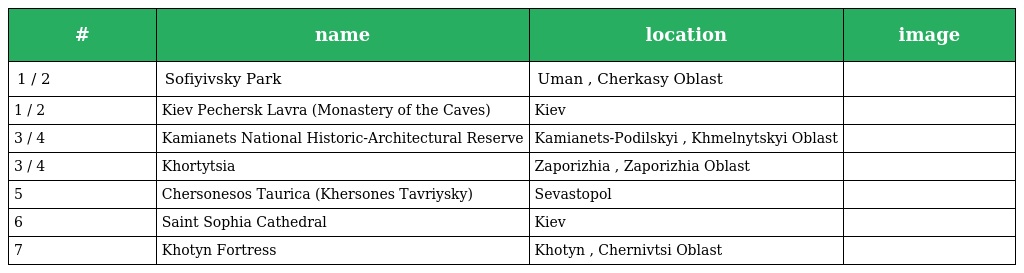
| # | name | location | image |
 | --- | --- | --- | --- |
 | 1 / 2 | Sofiyivsky Park | Uman , Cherkasy Oblast |  |
 | 1 / 2 | Kiev Pechersk Lavra (Monastery of the Caves) | Kiev |  |
 | 3 / 4 | Kamianets National Historic-Architectural Reserve | Kamianets-Podilskyi , Khmelnytskyi Oblast |  |
 | 3 / 4 | Khortytsia | Zaporizhia , Zaporizhia Oblast |  |
 | 5 | Chersonesos Taurica (Khersones Tavriysky) | Sevastopol |  |
 | 6 | Saint Sophia Cathedral | Kiev |  |
 | 7 | Khotyn Fortress | Khotyn , Chernivtsi Oblast |  |